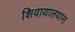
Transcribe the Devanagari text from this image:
शिवायालयास